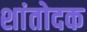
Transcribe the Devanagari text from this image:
शांतोदक